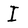
Character: I